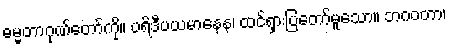
ဓမ္မတာဂုဏ်တော်ကို။ ပရိဒီပယမာနေန၊ ထင်ရှားပြတော်မူသော။ ဘဂဝတာ၊